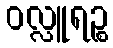
ဝလ္လူရဉ္စ